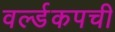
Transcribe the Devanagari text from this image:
वर्ल्डकपची